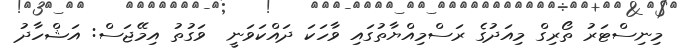
މިނިސްޓަރު ތޯރިގް މިއަދުގެ ރަސްމިއްޔާތުގައި ވާހަކަ ދައްކަވަނީ  ވަގުތު އިމޭޖަސް: އަޝްހާދު